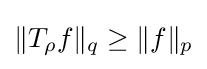
\|T_{\rho }f\|_{q}\geq \|f\|_{p}